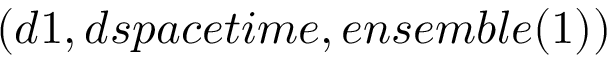
( d 1 , d s p a c e t i m e , e n s e m b l e ( 1 ) )